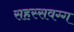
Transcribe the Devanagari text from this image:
सहस्सवग्ग